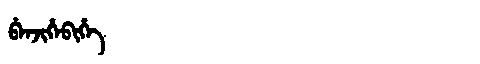
Manchu: ᠪᡝᠨᠵᡳᡥᡝᠪᡳᡥᡝ
Romanization: BENJIHEBIHE